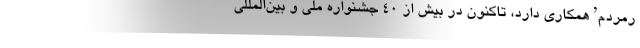
رمردم’ همکاری دارد، تاکنون در بیش از ۴۰ جشنواره ملی و بین‌المللی